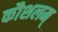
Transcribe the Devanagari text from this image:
कौशलम्